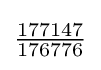
{\tfrac {177147}{176776}}